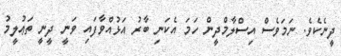
ދީނެކެވެ. ނަމަވެސް އިސްލާމްދީން ހަމަ އެކަނި ބާރު އަޅުއްވާފައި ވަނީ ދީނީ ތަޢުލީމު